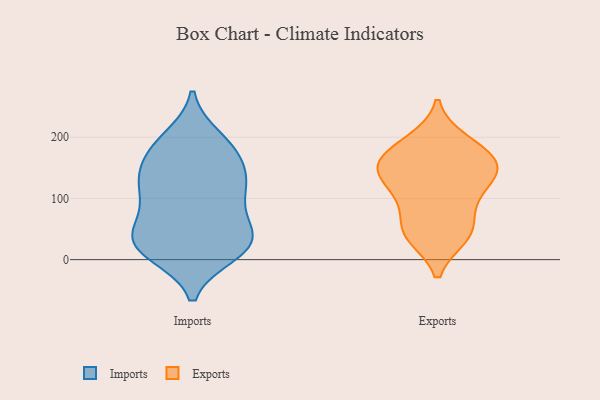
{"axis": {"x": "Revenue (USD Million)", "y": "Value"}, "legend": ["Exports", "Imports"], "data": [{"x": "", "y": 111, "type": "Imports"}, {"x": "", "y": 188, "type": "Imports"}, {"x": "", "y": 148, "type": "Imports"}, {"x": "", "y": 33, "type": "Imports"}, {"x": "", "y": 105, "type": "Imports"}, {"x": "", "y": 21, "type": "Imports"}, {"x": "", "y": 198, "type": "Imports"}, {"x": "", "y": 29, "type": "Imports"}, {"x": "", "y": 68, "type": "Imports"}, {"x": "", "y": 21, "type": "Imports"}, {"x": "", "y": 121, "type": "Imports"}, {"x": "", "y": 175, "type": "Imports"}, {"x": "", "y": 41, "type": "Imports"}, {"x": "", "y": 16, "type": "Imports"}, {"x": "", "y": 60, "type": "Imports"}, {"x": "", "y": 124, "type": "Imports"}, {"x": "", "y": 135, "type": "Imports"}, {"x": "", "y": 10, "type": "Imports"}, {"x": "", "y": 179, "type": "Imports"}, {"x": "", "y": 151, "type": "Exports"}, {"x": "", "y": 57, "type": "Exports"}, {"x": "", "y": 142, "type": "Exports"}, {"x": "", "y": 94, "type": "Exports"}, {"x": "", "y": 170, "type": "Exports"}, {"x": "", "y": 38, "type": "Exports"}, {"x": "", "y": 107, "type": "Exports"}, {"x": "", "y": 149, "type": "Exports"}, {"x": "", "y": 190, "type": "Exports"}, {"x": "", "y": 194, "type": "Exports"}, {"x": "", "y": 116, "type": "Exports"}, {"x": "", "y": 42, "type": "Exports"}, {"x": "", "y": 154, "type": "Exports"}, {"x": "", "y": 41, "type": "Exports"}, {"x": "", "y": 154, "type": "Exports"}]}